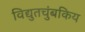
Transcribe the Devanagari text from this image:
विद्युतचुंबकिय